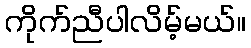
ကိုက်ညီပါလိမ့်မယ်။